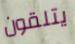
يتلقون